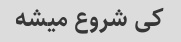
کی شروع میشه